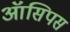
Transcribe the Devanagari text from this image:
ऑसिपस